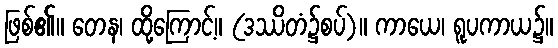
ဖြစ်၏။ တေန၊ ထို့ကြောင့်။ (ဒဿိတံ၌စပ်)။ ကာယေ၊ ရူပကာယ၌။